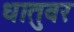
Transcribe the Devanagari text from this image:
धातुवर